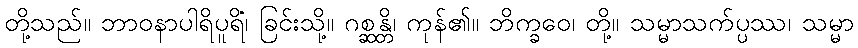
တို့သည်။ ဘာဝနာပါရိပူရိံ၊ ခြင်းသို့။ ဂစ္ဆန္တိ၊ ကုန်၏။ ဘိက္ခဝေ၊ တို့။ သမ္မာသက်ပ္ပဿ၊ သမ္မာ